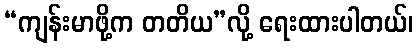
“ကျန်းမာဖို့က တတိယ”လို့ ရေးထားပါတယ်၊